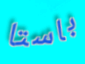
باستا